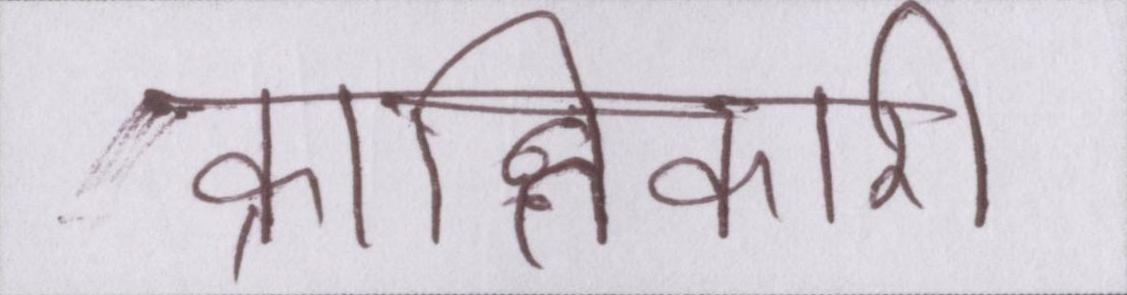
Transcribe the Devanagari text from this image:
क्रान्तिकारी